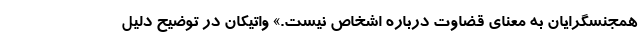
همجنسگرایان به معنای قضاوت درباره اشخاص نیست.» واتیکان در توضیح دلیل